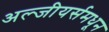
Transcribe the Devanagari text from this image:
अल्जीयर्समधून